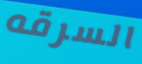
السرقه